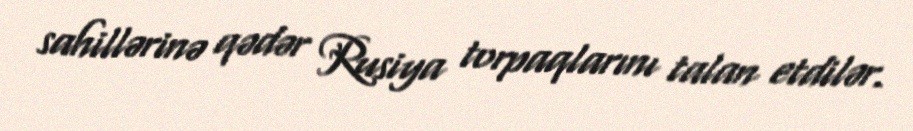
sahillərinə qədər Rusiya torpaqlarını talan etdilər.